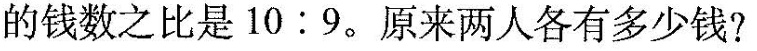
的钱数之比是10:9。原来两人各有多少钱?